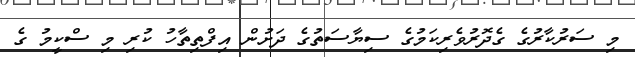
މި ސަރުކާރުގެ ގެދޮރުވެރިކަމުގެ ސިޔާސަތުގެ ދަށުން އިފްތިތާހު ކުރި މި ސްކީމު ގެ